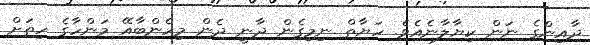
ދާއިންގެ ނަން ކިޔާލާނެއެވެ. ހަޔާތް ނިމިގެން ދާނީ ދެން މިހެންބާއޭ މަންހާގެ ހިތަށް